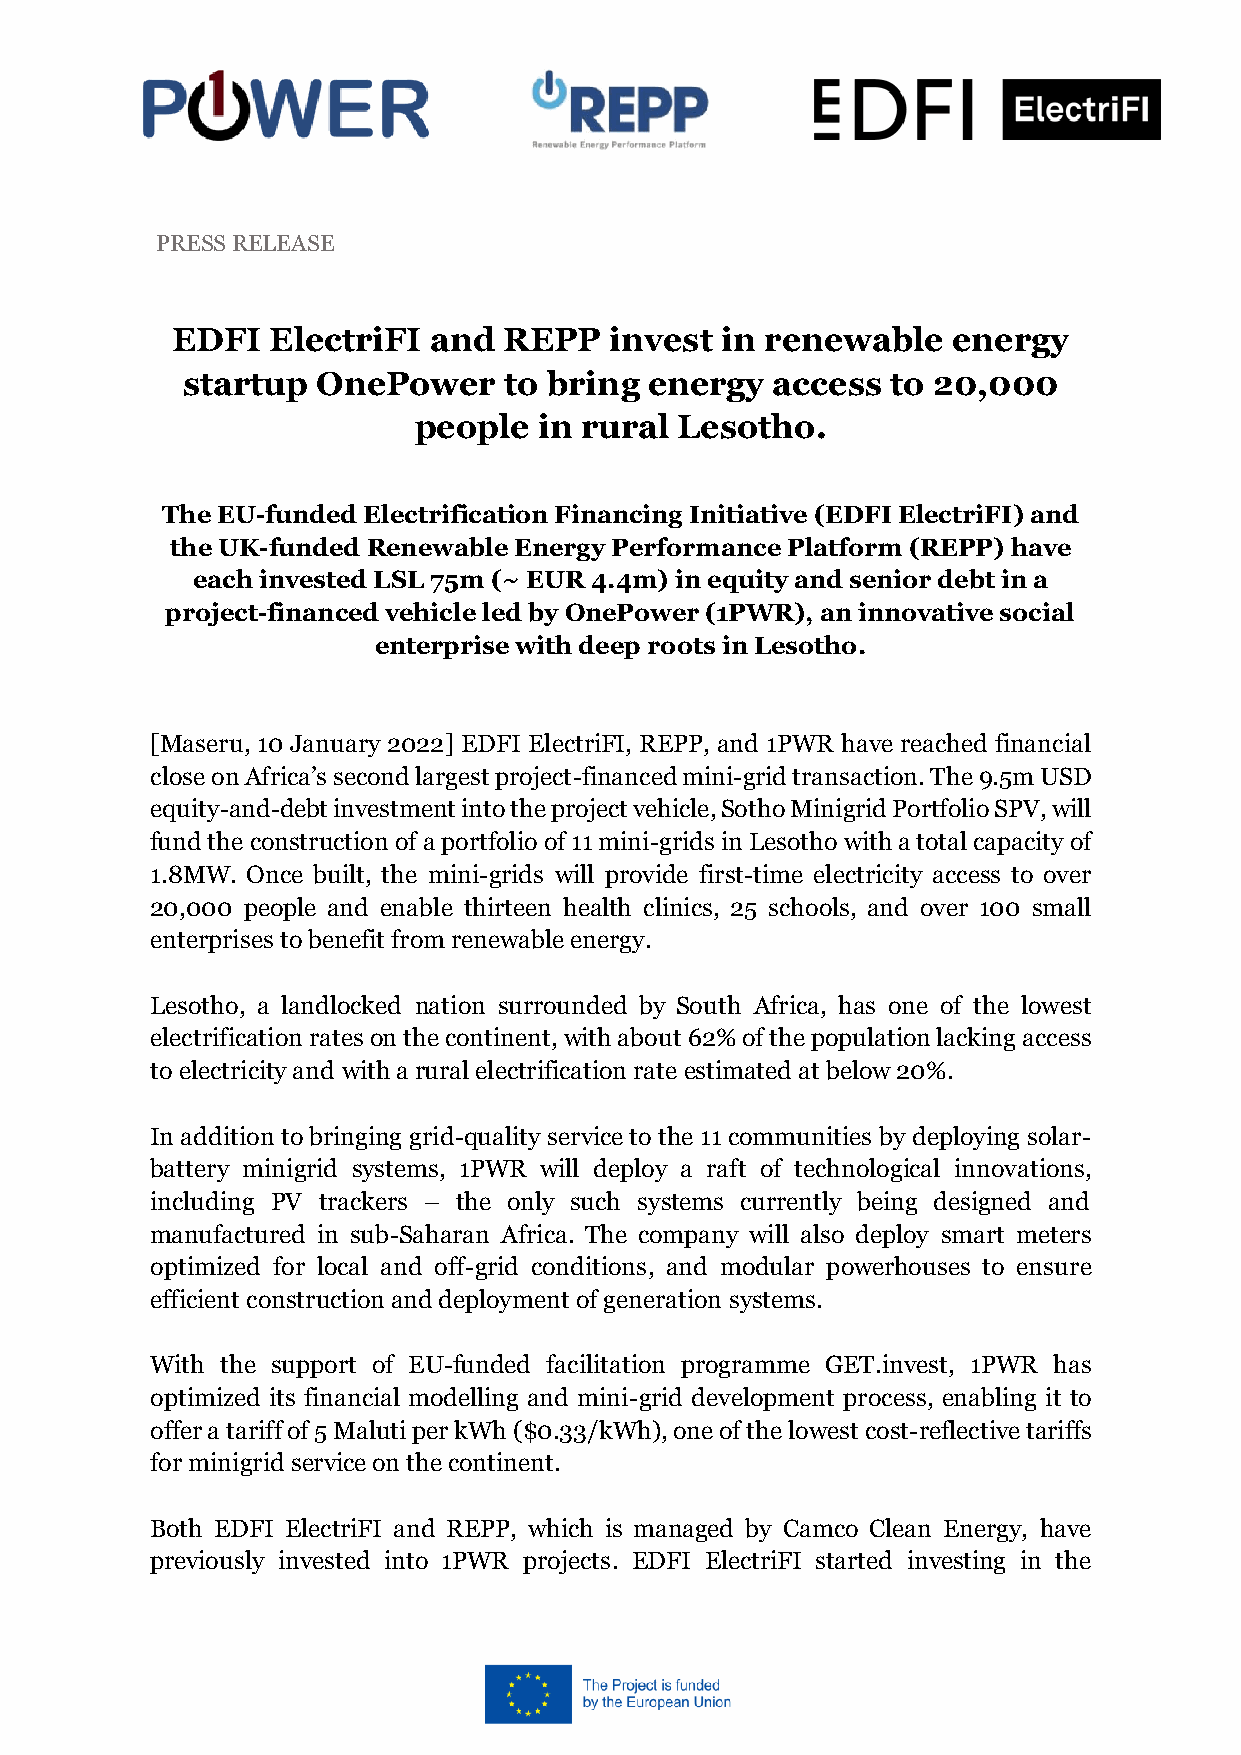
PRESS RELEASE
 EDFI   ElectriFI and  REPP   invest  in renewable   energy
 startup  OnePower    to bring  energy  access  to 20,000
 people   in rural Lesotho.
 The EU-funded Electrification Financing Initiative (EDFI ElectriFI) and
 the UK-funded Renewable Energy Performance Platform (REPP) have
 each invested LSL 75m (~ EUR 4.4m) in equity and senior debt in a
 project-financed vehicle led by OnePower (1PWR), an innovative social
 enterprise with deep roots in Lesotho.
 [Maseru, 10 January 2022] EDFI ElectriFI, REPP, and 1PWR have reached financial
 close on Africa’s second largest project-financed mini-grid transaction. The 9.5m USD
 equity-and-debt investment into the project vehicle, Sotho Minigrid Portfolio SPV, will
 fund the construction of a portfolio of 11 mini-grids in Lesotho with a total capacity of
 1.8MW. Once built, the mini-grids will provide first-time electricity access to over
 20,000 people and enable thirteen health clinics, 25 schools, and over 100 small
 enterprises to benefit from renewable energy.
 Lesotho, a landlocked nation surrounded by South Africa, has one of the lowest
 electrification rates on the continent, with about 62% of the population lacking access
 to electricity and with a rural electrification rate estimated at below 20%.
 In addition to bringing grid-quality service to the 11 communities by deploying solar-
 battery minigrid systems, 1PWR will deploy a raft of technological innovations,
 including PV trackers – the only such systems currently being designed and
 manufactured in sub-Saharan Africa. The company will also deploy smart meters
 optimized for local and off-grid conditions, and modular powerhouses to ensure
 efficient construction and deployment of generation systems.
 With the support of EU-funded facilitation programme GET.invest, 1PWR has
 optimized its financial modelling and mini-grid development process, enabling it to
 offer a tariff of 5 Maluti per kWh ($0.33/kWh), one of the lowest cost-reflective tariffs
 for minigrid service on the continent.
 Both EDFI ElectriFI and REPP, which is managed by Camco Clean Energy, have
 previously invested into 1PWR projects. EDFI ElectriFI started investing in the